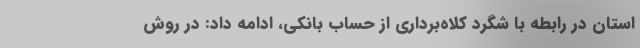
استان در رابطه با شگرد کلاه‌برداری از حساب بانکی، ادامه داد: در روش